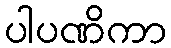
ပါပဏိကာ